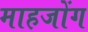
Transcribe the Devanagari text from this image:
माहजोंग